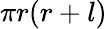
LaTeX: \pi r(r+l)\,